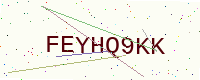
Text: FEYHQ9KK